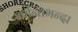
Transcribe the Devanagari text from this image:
शान्तिभन्दा